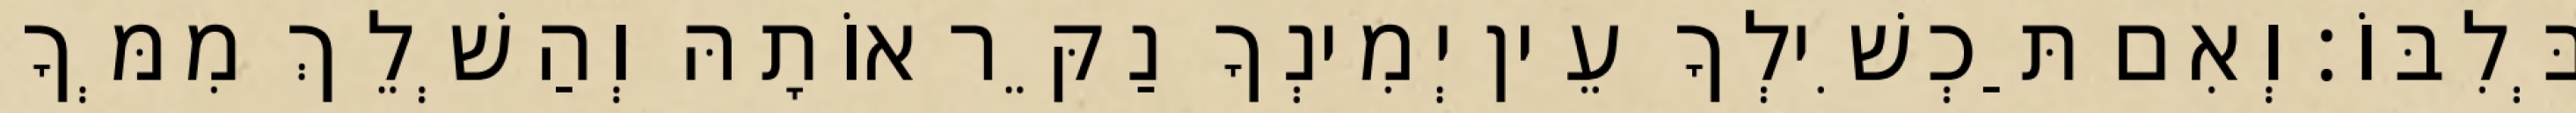
בְּלִבּוֹ׃ וְאִם תַּכְשִׁילְךָ עֵין יְמִינְךָ נַקֵּר אוֹתָהּ וְהַשְׁלֵךְ מִמְּךָ